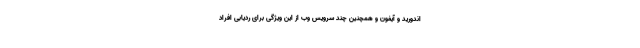
اندورید و آیفون و همچنین چند سرویس وب از این ویژگی برای ردیابی افراد